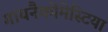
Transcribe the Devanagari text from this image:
गायनैकोमेस्टिया